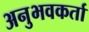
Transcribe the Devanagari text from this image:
अनुभवकर्ता